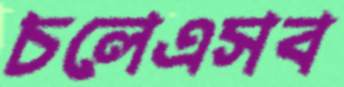
চলেএসব